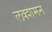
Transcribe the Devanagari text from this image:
लक्शमन